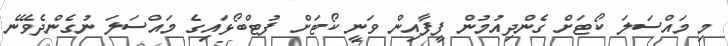
މި މައްސަލަ ކޯޓަށް ގެންދިއުމުން ފީފާއިން ވަނީ ކޯޓަށް ފުޓްބޯޅައިގެ މައްސަލަ ނުގެންދެވޭނެ